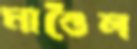
মাণ্ডৈল